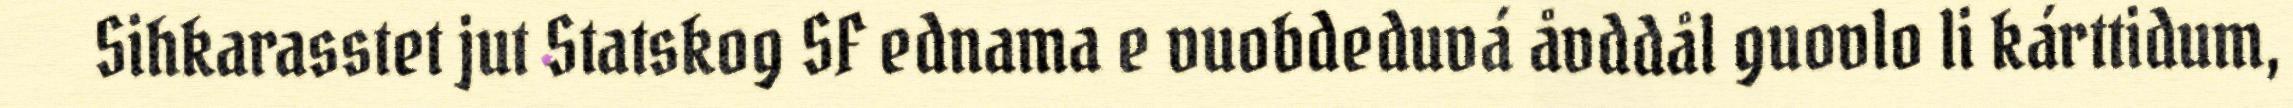
Sihkarasstet jut Statskog SF ednama e vuobdeduvá åvddål guovlo li kárttidum,